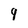
Character: 9